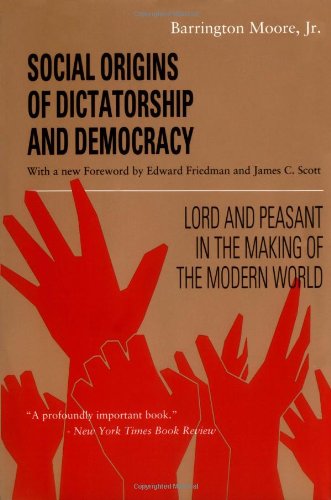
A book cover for Social Origins of Dictatorship and Democracy: Lord and Peasant in the Making of the Modern World; Barrington Moore; Politics & Social Sciences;